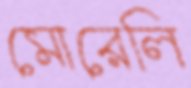
মোরেলি